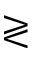
\gtrless